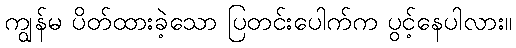
ကျွန်မ ပိတ်ထားခဲ့သော ပြတင်းပေါက်က ပွင့်နေပါလား။